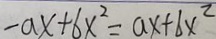
- a x + 6 x ^ { 2 } = a x + b x ^ { 2 }